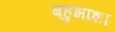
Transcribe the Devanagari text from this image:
बहुभाशा